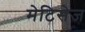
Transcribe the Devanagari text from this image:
मेटिसेज